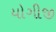
યોગીજી